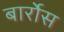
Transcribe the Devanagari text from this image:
बार्रोस